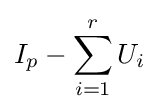
I_{p}-\sum _{i=1}^{r}U_{i}